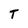
Character: T